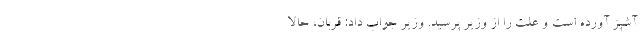
آشپز آورده است و علت را از وزیر پرسید. وزیر جواب داد: قربان، حالا